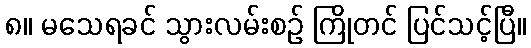
၈။ မသေရခင် သွားလမ်းစဉ် ကြိုတင် ပြင်သင့်ပြီ။